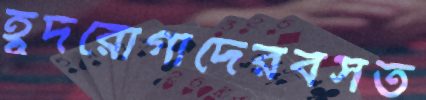
হূদরোগীদেরবসত